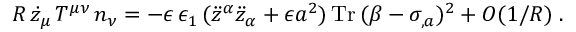
R \, \dot { z } _ { \mu } \, T ^ { \mu \nu } \, n _ { \nu } = - \epsilon \, \epsilon _ { 1 } \, ( \ddot { z } ^ { \alpha } \ddot { z } _ { \alpha } + \epsilon a ^ { 2 } ) \, \mathrm { T r } \, ( \beta - \sigma _ { , a } ) ^ { 2 } + O ( 1 / R ) \; .